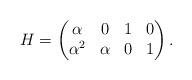
LaTeX: \begin{align*} H=\begin{pmatrix}\alpha&0&1&0\\\alpha^2&\alpha&0&1 \end{pmatrix}.\end{align*}